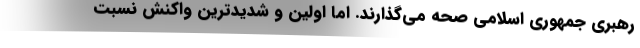
رهبری جمهوری اسلامی صحه می‌گذارند. اما اولین و شدیدترین واکنش نسبت